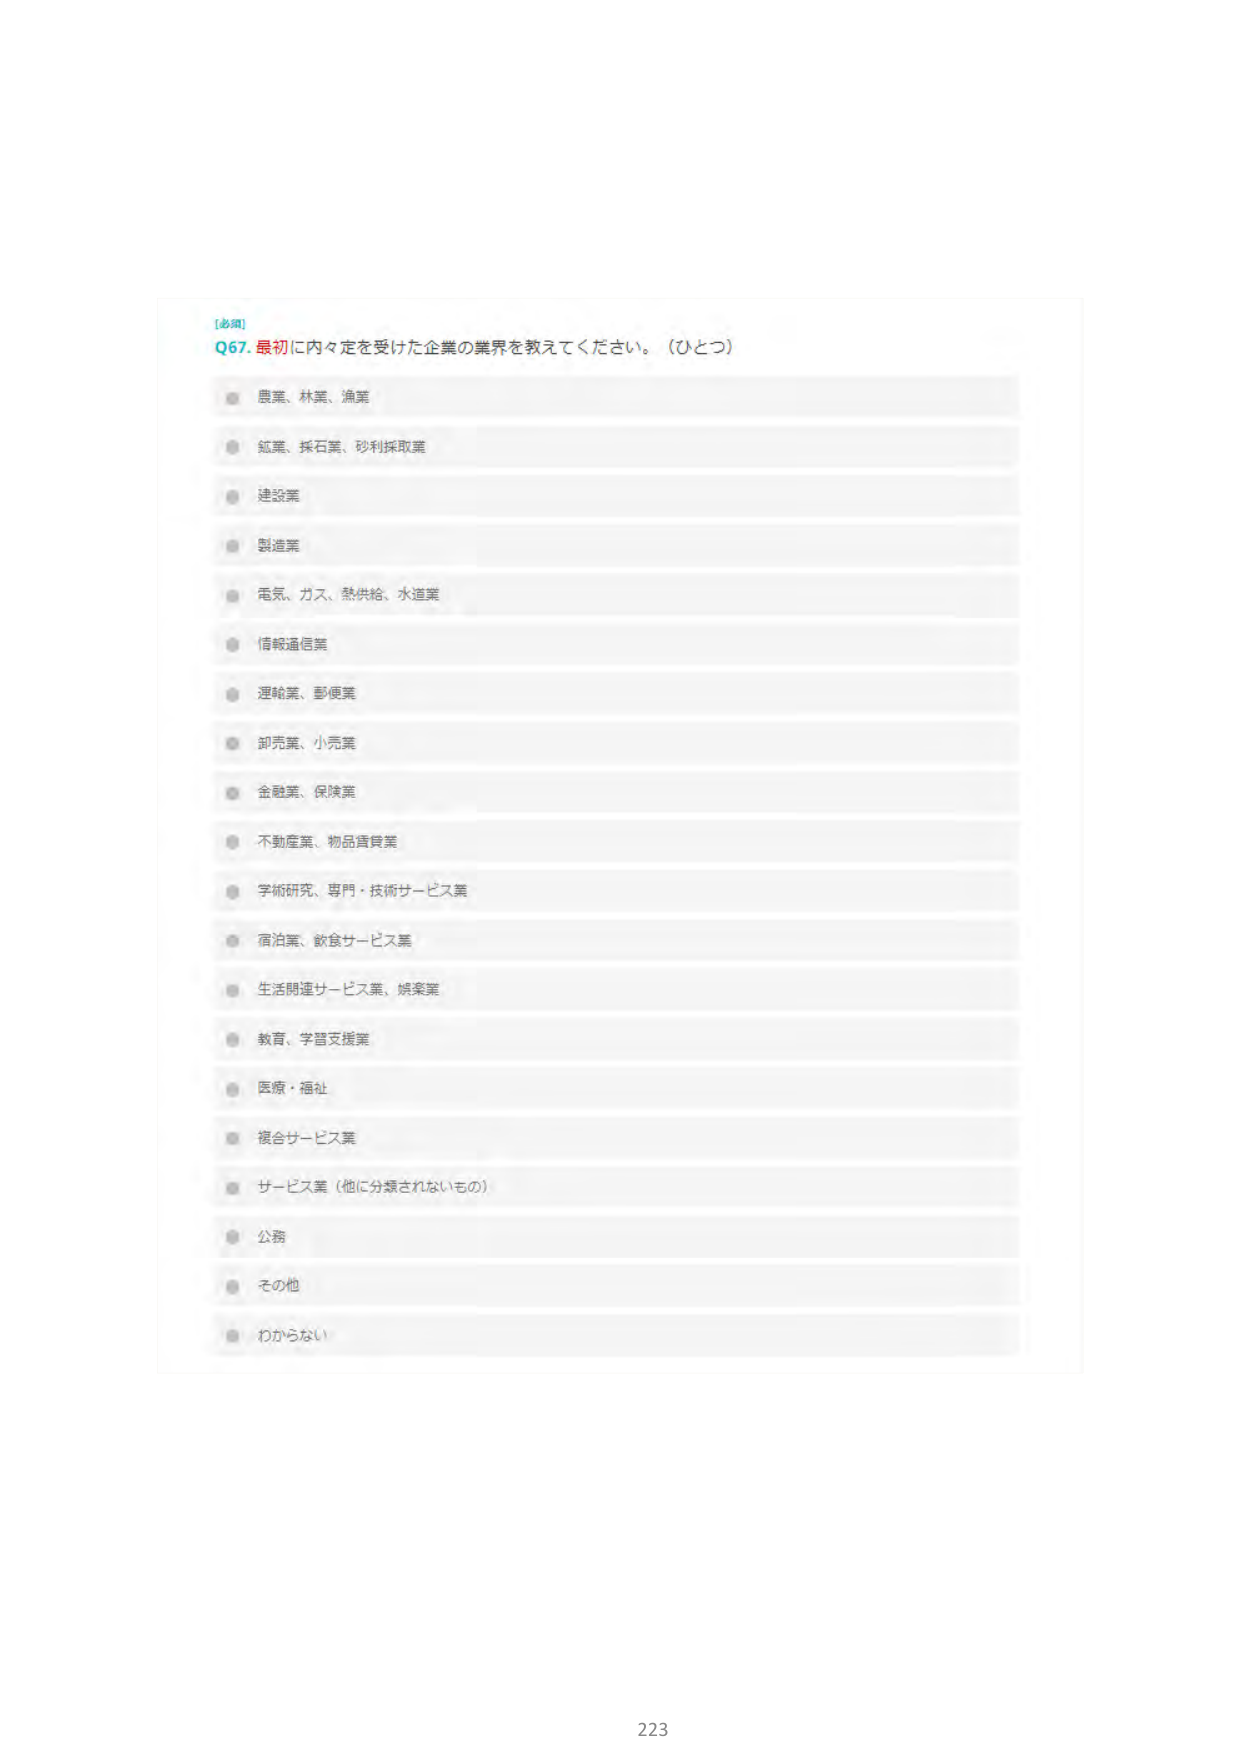
[必須]
Q67. 最初に内々定を受けた企業の業界を教えてください。（ひとつ）
農業、林業、漁業
鉱業、採石業、砂利採取業
建設業
製造業
電気、ガス、熱供給、水道業
情報通信業
運輸業、郵便業
卸売業、小売業
金融業、保険業
不動産業、物品賃貸業
学術研究、専門・技術サービス業
宿泊業、飲食サービス業
生活関連サービス業、娯楽業
教育、学習支援業
医療・福祉
複合サービス業
サービス業（他に分類されないもの）
公務
その他
わからない
223